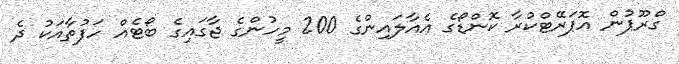
ގްރޫޕުން އޮޕަރޭޓްކުރާ ކޮންޑޯގެ އެއާލައިންގެ 200 މީހުންގެ ޖާގައިގެ ބޯޓެއް ހަފުތާއަކު ދެ